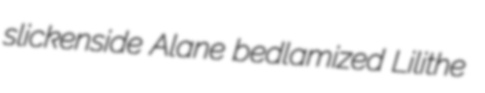
slickenside Alane bedlamized Lilithe